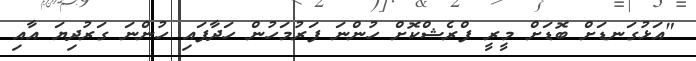
"އަޅުގަނޑަށް ބޮޑަށް މީރީ ފްރެޝްކޮށް ހުންނަ ފަރުމަހުން ހަދާފައި ހުންނަ ގަރުދިޔަ އާއި